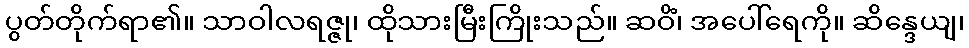
ပွတ်တိုက်ရာ၏။ သာဝါလရဇ္ဇု၊ ထိုသားမြီးကြိုးသည်။ ဆဝိံ၊ အပေါ်ရေကို။ ဆိန္ဒေယျ၊